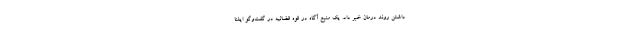
داشتن روند درمان خبر داد. یک منبع آگاه در قوه قضائیه در گفت‌وگو ایلنا